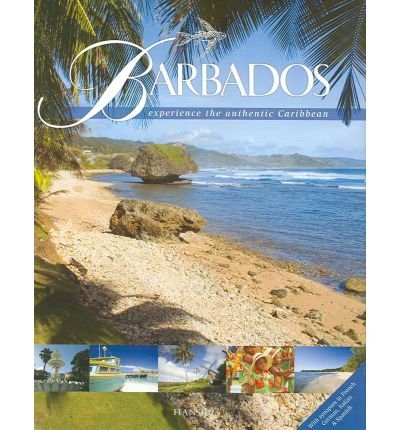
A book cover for Barbados: Experience the Authentic Caribbean; Travel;